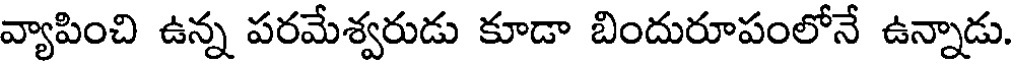
వ్యాపించి ఉన్న పరమేశ్వరుడు కూడా బిందురూపంలోనే ఉన్నాడు.